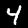
Label: 4